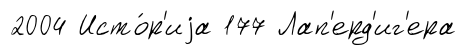
2004 Исто́р'иjа 177 Лап'ерд'иг'ера